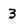
Character: 3